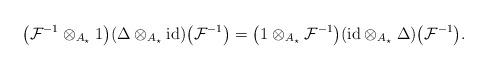
LaTeX: \begin{gather*}\big(\mathcal{F}^{-1}\otimes_{A_\star} 1\big)(\Delta\otimes_{A_\star}\mathrm{id})\big(\mathcal{F}^{-1}\big)= \big(1\otimes_{A_\star}\mathcal{F}^{-1}\big)(\mathrm{id}\otimes_{A_\star}\Delta)\big(\mathcal{F}^{-1}\big).\end{gather*}